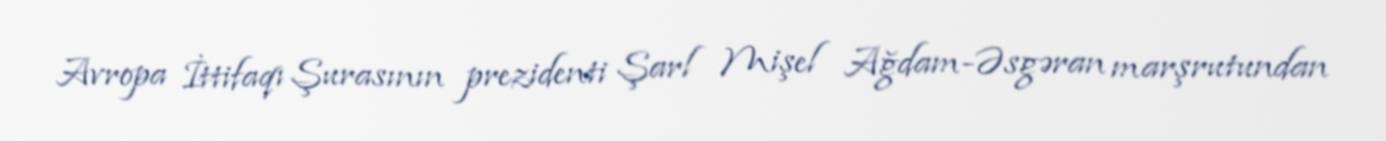
Avropa İttifaqı Şurasının prezidenti Şarl Mişel Ağdam-Əsgəran marşrutundan